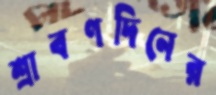
শ্রাবণদিনের